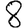
Digit: 8